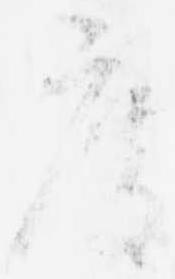
度